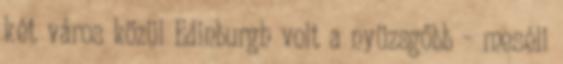
két város közül Edinburgh volt a nyüzsgőbb – meséli